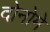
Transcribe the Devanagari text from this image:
दोनोमे